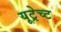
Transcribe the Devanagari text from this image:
यूट्रेच्ट